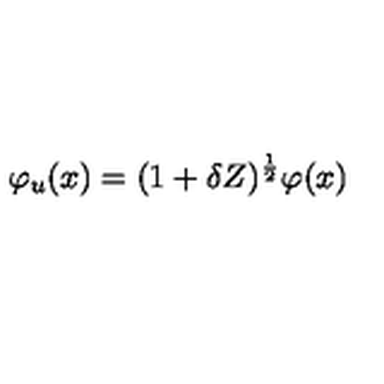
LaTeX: \varphi _ { u } ( x ) = ( 1 + \delta Z ) ^ { \frac { 1 } { 2 } } \varphi ( x )